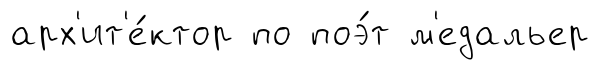
арх'ит'е́ктор по поэ́т м'едальер